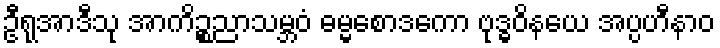
ဦရုအာဒီသု အာကိဉ္စညာသမ္ဘဝံ ဓမ္မစောဒကော ဗုဒ္ဓဝိနယေ အပ္ပဟီနာဝ